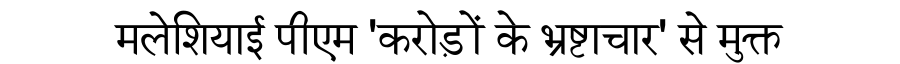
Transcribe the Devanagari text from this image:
मलेशियाई पीएम 'करोड़ों के भ्रष्टाचार' से मुक्त